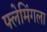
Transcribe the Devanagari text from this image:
फ्लेमिंगला